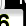
Digit: 6